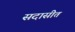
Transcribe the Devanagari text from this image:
सदासीत